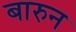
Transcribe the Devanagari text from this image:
बारुन